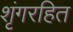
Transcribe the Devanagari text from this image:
शृंगरहित